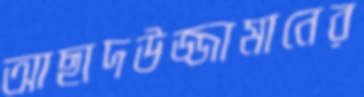
আছাদউজ্জামানের